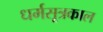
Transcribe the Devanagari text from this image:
धर्मसूत्रकाल